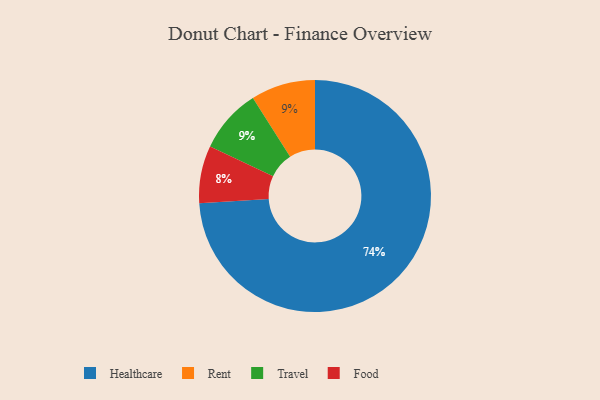
{"axis": {"x": "Category", "y": "Percentage"}, "legend": ["Food", "Healthcare", "Rent", "Travel"], "data": [{"x": "Rent", "y": 9, "type": "Rent"}, {"x": "Food", "y": 8, "type": "Food"}, {"x": "Travel", "y": 9, "type": "Travel"}, {"x": "Healthcare", "y": 74, "type": "Healthcare"}]}